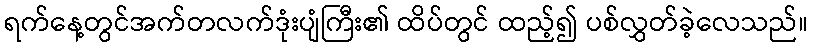
ရက်နေ့တွင်အက်တလက်ဒုံးပျံကြီး၏ ထိပ်တွင် ထည့်၍ ပစ်လွှတ်ခဲ့လေသည်။